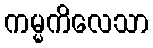
ကမ္မကိလေသာ